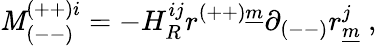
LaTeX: \mathit{M}_{(--)}^{(++)i}=-H_{R}^{ij}r^{(++)\underline{{{{m}}}}}\partial_{(--)}r_{\underline{{{{m}}}}}^{j}~,